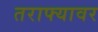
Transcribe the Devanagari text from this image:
तराफ्यावर